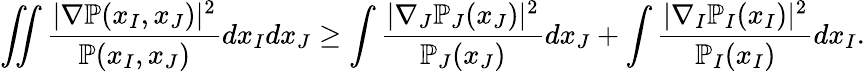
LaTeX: \iint\frac{|\nabla\mathbb{P}(x_{I},x_{J})|^{2}}{\mathbb{P}(x_{I},x_{J})}dx_{I}dx_{J}\geq\int\frac{|\nabla_{J}\mathbb{P}_{J}(x_{J})|^{2}}{\mathbb{P}_{J}(x_{J})}dx_{J}+\int\frac{|\nabla_{I}\mathbb{P}_{I}(x_{I})|^{2}}{\mathbb{P}_{I}(x_{I})}dx_{I}.